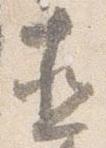
直